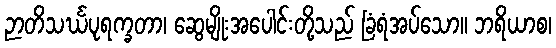
ဉာတိသင်္ဃပုရက္ခတာ၊ ဆွေမျိုးအပေါင်းတို့သည် ခြံရံအပ်သော။ ဘရိယာစ၊